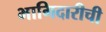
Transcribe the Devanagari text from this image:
भागिदारीची